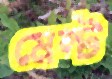
মেল্ট